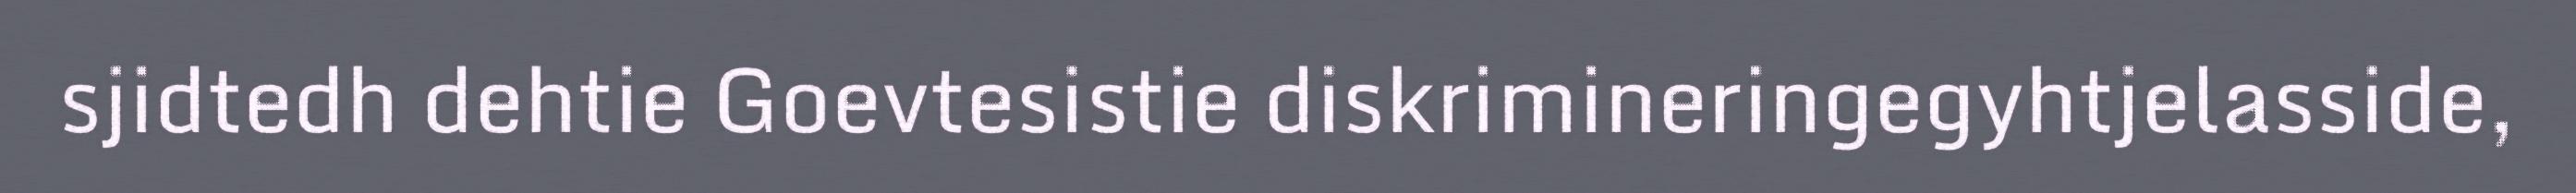
sjidtedh dehtie Goevtesistie diskrimineringegyhtjelasside,